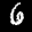
Label: 6